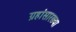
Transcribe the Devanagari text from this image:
ग्रहांसारख्या